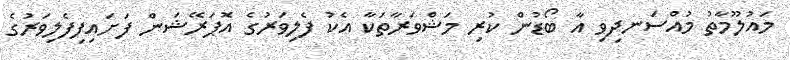
މައުލޫމާތު މުއްސަނދިވި އާ ބޯޑުން ކުރި މަޝްވަރާތަކާ އެކު ފެލިވަރުގެ އޮޕަރޭޝަން ފަށައިފިފެލިވަރުގެ